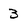
Character: 3